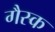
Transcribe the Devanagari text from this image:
गैस्क